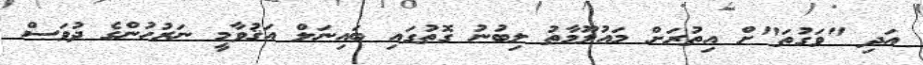
އަދި "ވަގުތަ"ށް އިތުރަށް މައުލޫމާތު ލިބުނު ގޮތުގައި ބައިނަލް އަޤުވާމީ ނަރުހުންގެ ދުވަސް